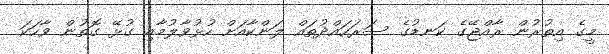
މީގެ އިތުރުން ރާއްޖޭގެ ކަނޑުގެ ސަރަހައްދުތައް ލަންކާއަށް ހުޅުވާލުމާއި ގުޅޭ ގޮތުން ވާހަކަ